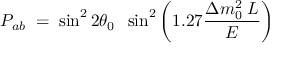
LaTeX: { \cal P } _ { a b } \; = \; \sin ^ { 2 } 2 \theta _ { 0 } \; \; \sin ^ { 2 } \left( 1 . 2 7 { \frac { \Delta m _ { 0 } ^ { 2 } \; L } { E } } \right)